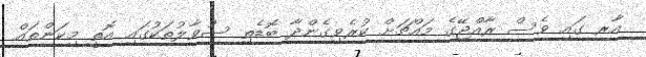
އާރ ގައި ވެސް ރާއްޖޭގެ މައްޗަށް ކުރެވިގެންދާ ބޮޑެތި ސުވާލުތަކުގައި އޮތީ މިކަންތައް